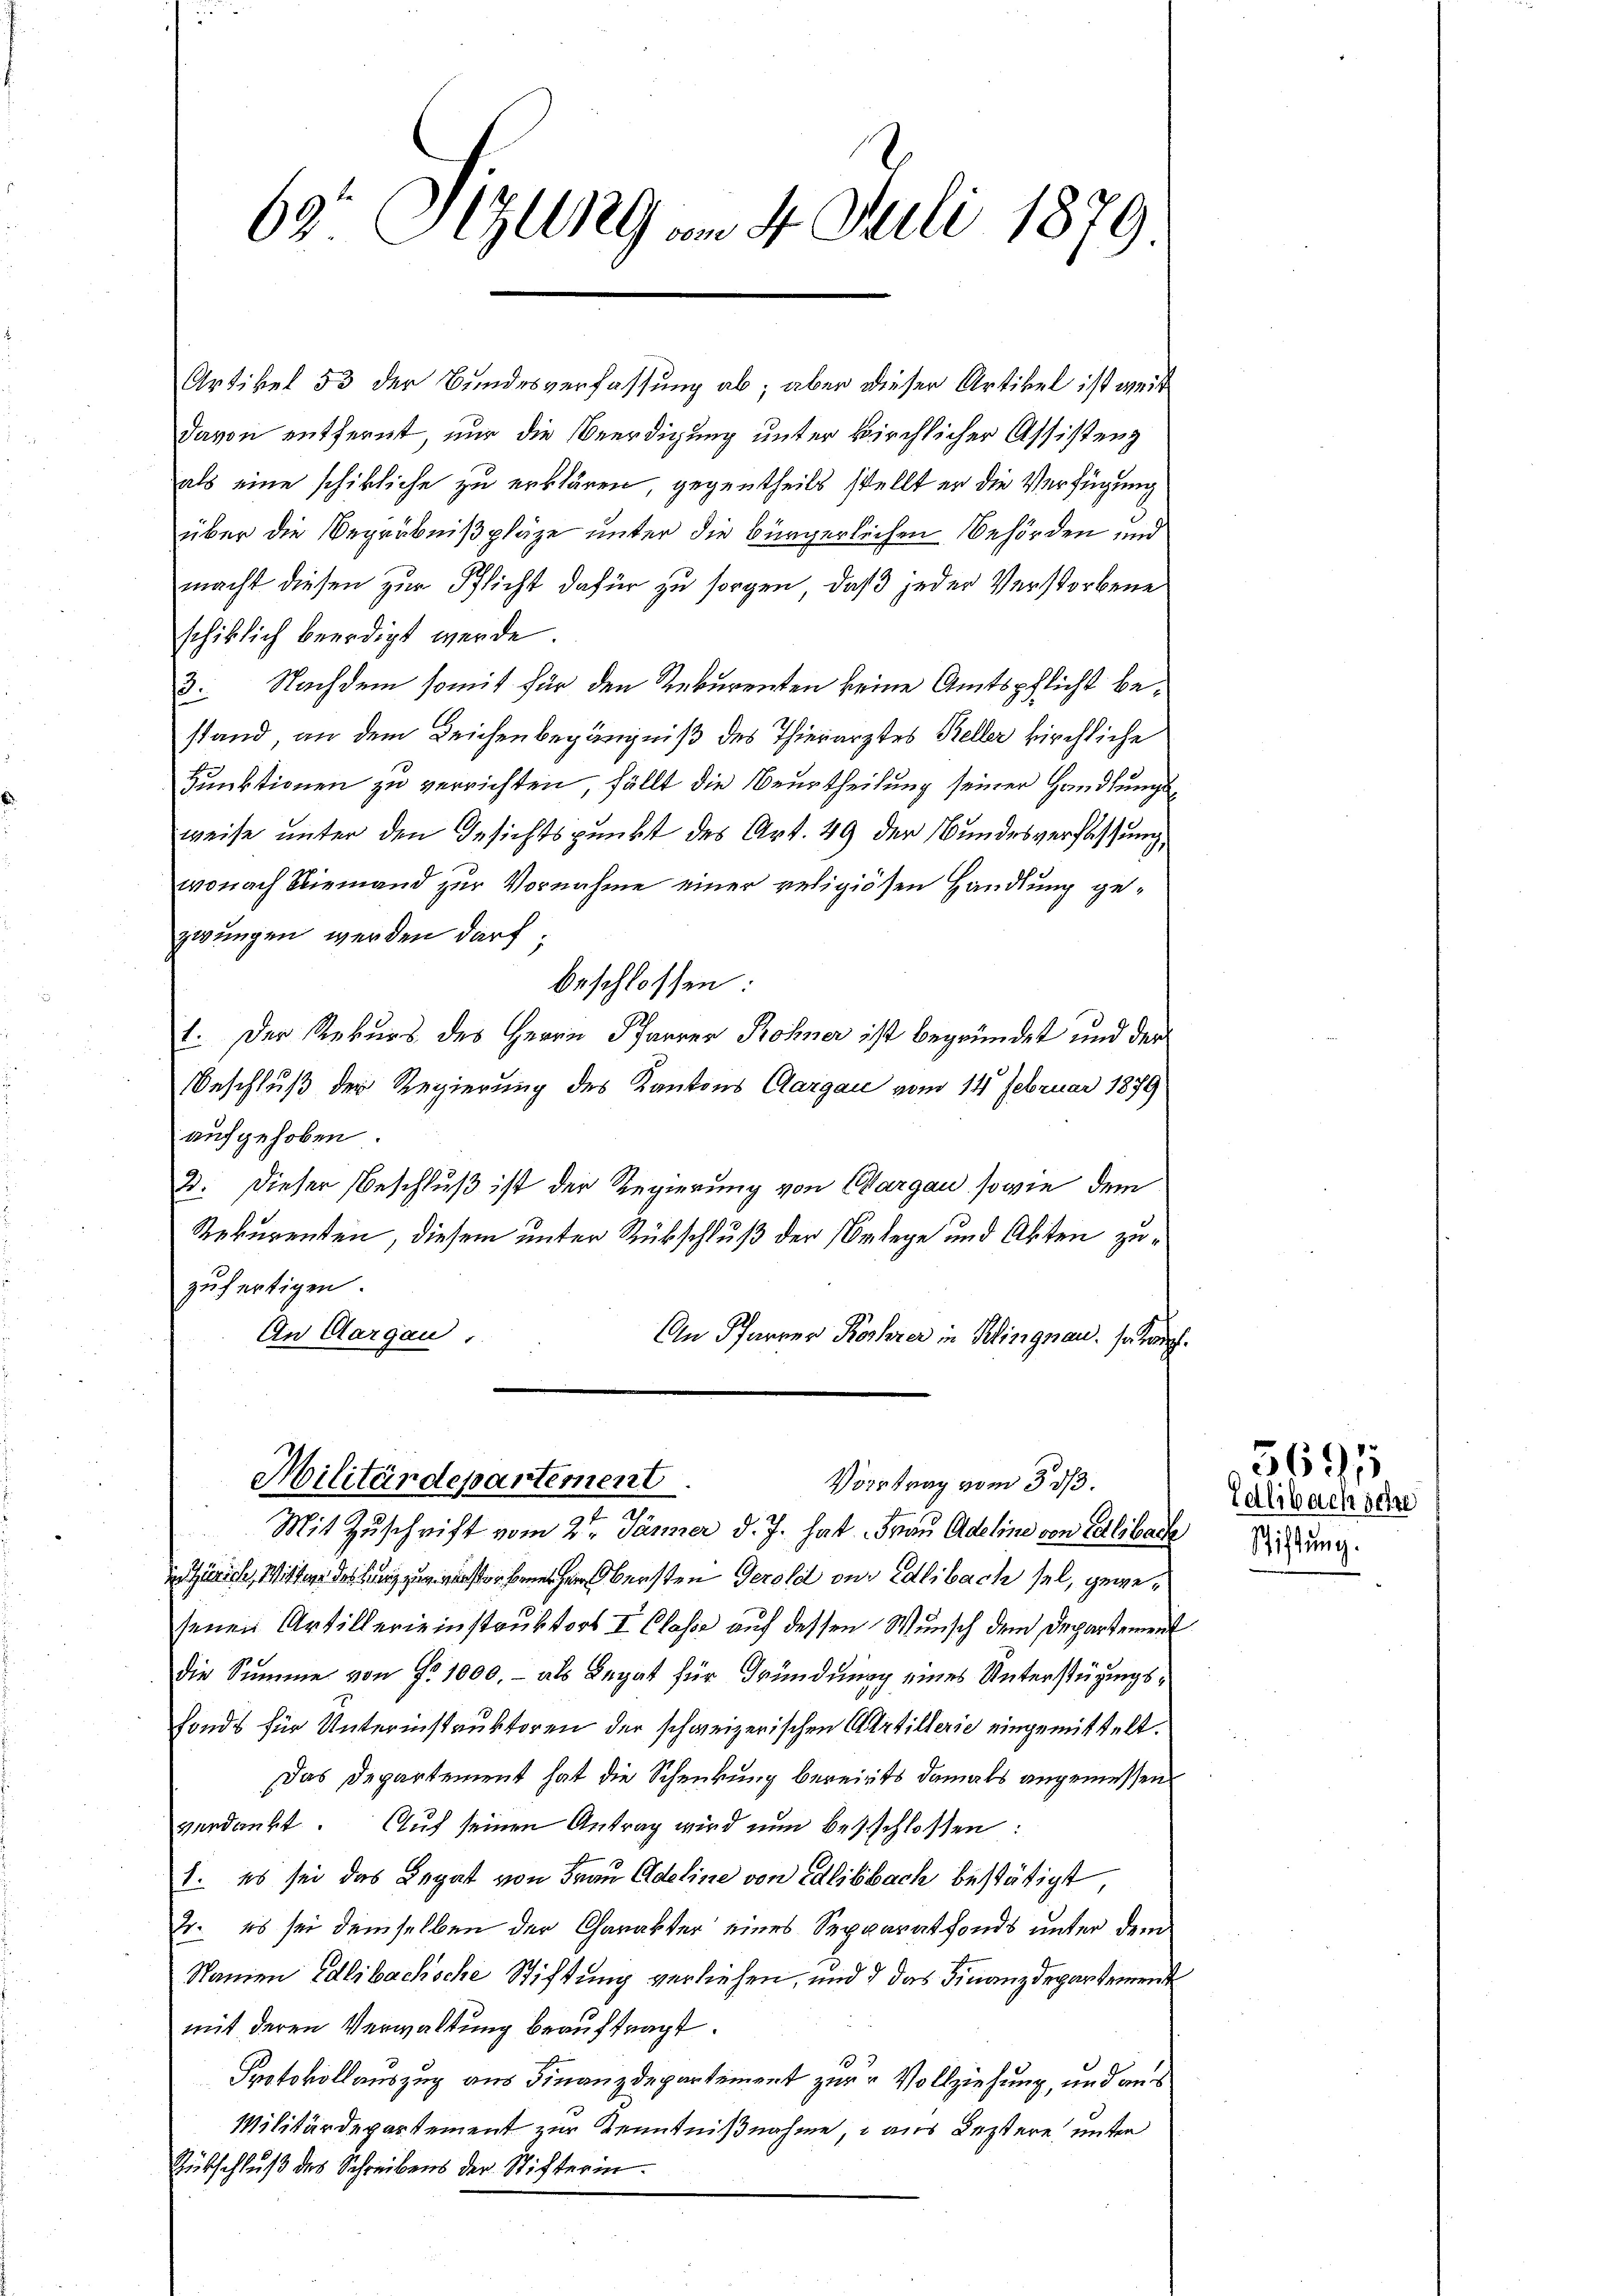
69: Sizung am 4. Juli 1879

Artikel 53 der Bundesverfassung ab; aber dieser Artikel ist weit
davon entfernt, nur die Beerdigung unter kirchlicher Assistenz
als eine schikliche zu erklären, gegentheils stellt er die Verfügung
über die Begräbnißpläze unter die bürgerlichen Behörden und
macht diesen zur Pflicht dafür zu sorgen, daß jeder Verstorbene
schiklich beerdigt werde.
3. Nachdem somit für den Rekurenten keine Amtspflicht bestand, an dem Leichenbegängniß des Thierarztes Keller kirchliche
Hunktionen zu verrichten, fällt die Beurtheilung seiner Handlungsweise unter den Gesichtspunkt des Art. 49 der Bundesverfassung
wonach Niemand zur Vornahme einer religiösen Handlung gezwungen werden darf;
beschlossen:
E. Der Rekurs des Herrn Pfarrer Rohner ist begründet und der
Beschluß der Regierung des Kantons Aargau vom 14. Februar 1879
aufgehoben.
2. Dieser Beschluß ist der Regierung von Aargau, sowie dem
Rekurenten, diesem unter Rückschluß der Belege und Akten zuzufertigen.
An Aargau,
An Pfarrer Kocherer in Klingnau. s. w.

Zürich, Obersten Gerold zur Edlibach sel, gewesenen Artillerieinstruktors I. Classe auf dessen Wunsch dem Departement
die Summe von Fr. 1000.- als Legat für Gründung eines Unterstüzungsfonds für Unterinstruktoren der schweizerischen Artillerie eingemittelt.
Das Departement hat die Schenkung bereits damals angemessen
verdankt. Auf seinen Antrag wird nun beschlossen:
1. Es sei das Legat von Frau Adeline von edlibbach bestätigt
r. es sei demselben der Charakter eines Sepparatfonds unter dem
Namen Adlibachsche Stiftung verliehen, und 7 das Finanzdepartement
mit deren Verwaltung beauftragt.
3
Protokollauszug aus Finanzdepartement zur Vollziehung, und aus
Militärdepartement zur Kenntnißnahme,  aus Leztere unter
Rübschluß des Schreibens der Stifterin¬

Militärdepartement.
Vortrag vom 3. ds.
Mit Zuschrift vom 2ten Jänner d. J. hat Frau Adeline von Calibache

Talibach schre
Stiftung.

5691